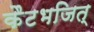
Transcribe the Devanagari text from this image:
कैटभजित्